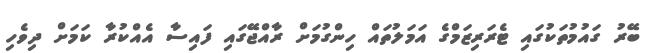
ބޭރު ގައުމުތަކުގައި ޓެރަރިޒަމްގެ އަމަލުތައް ހިންގުމަށް ރާއްޖޭގައި ފައިސާ އެއްކުރާ ކަމަށް ދިވެހި